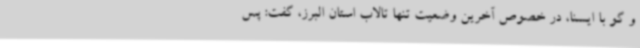
و گو با ایسنا، در خصوص آخرین وضعیت تنها تالاب استان البرز، گفت: پس